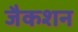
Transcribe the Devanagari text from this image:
जैकशन